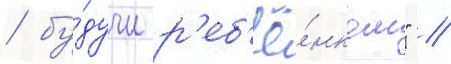
/ бу́дучи р'еб'ё́нком" //